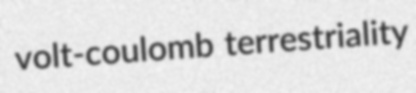
volt-coulomb terrestriality